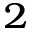
^ 2